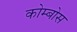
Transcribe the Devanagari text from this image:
कोम्बोस